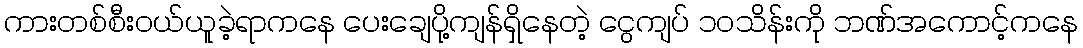
ကားတစ်စီးဝယ်ယူခဲ့ရာကနေ ပေးချေပို့ကျန်ရှိနေတဲ့ ငွေကျပ် ၁ဝသိန်းကို ဘဏ်အကောင့်ကနေ